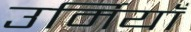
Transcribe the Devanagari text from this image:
उर्मियाँ